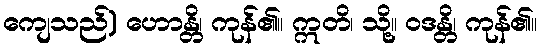
ကျေသည်) ဟောန္တိ၊ ကုန်၏။ ဣတိ၊ သို့။ ဝဒန္တိ၊ ကုန်၏။